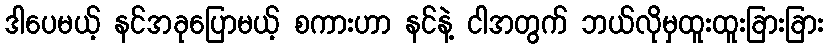
ဒါပေမယ့် နင်အခုပြောမယ့် စကားဟာ နင်နဲ့ ငါအတွက် ဘယ်လိုမှထူးထူးခြားခြား